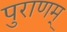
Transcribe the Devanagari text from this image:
पुराणम्‌